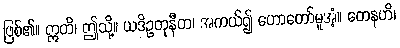
ဖြစ်၏။ ဣတိ၊ ဤသို့။ ယဒိဥတုနီတ၊ အကယ်၍ ဟောတော်မူအံ့။ တေနဟိ၊